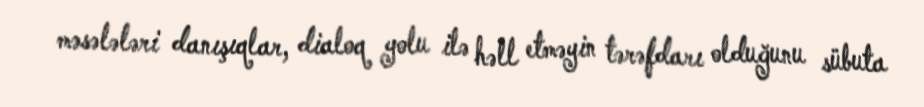
məsələləri danışıqlar, dialoq yolu ilə həll etməyin tərəfdarı olduğunu sübuta